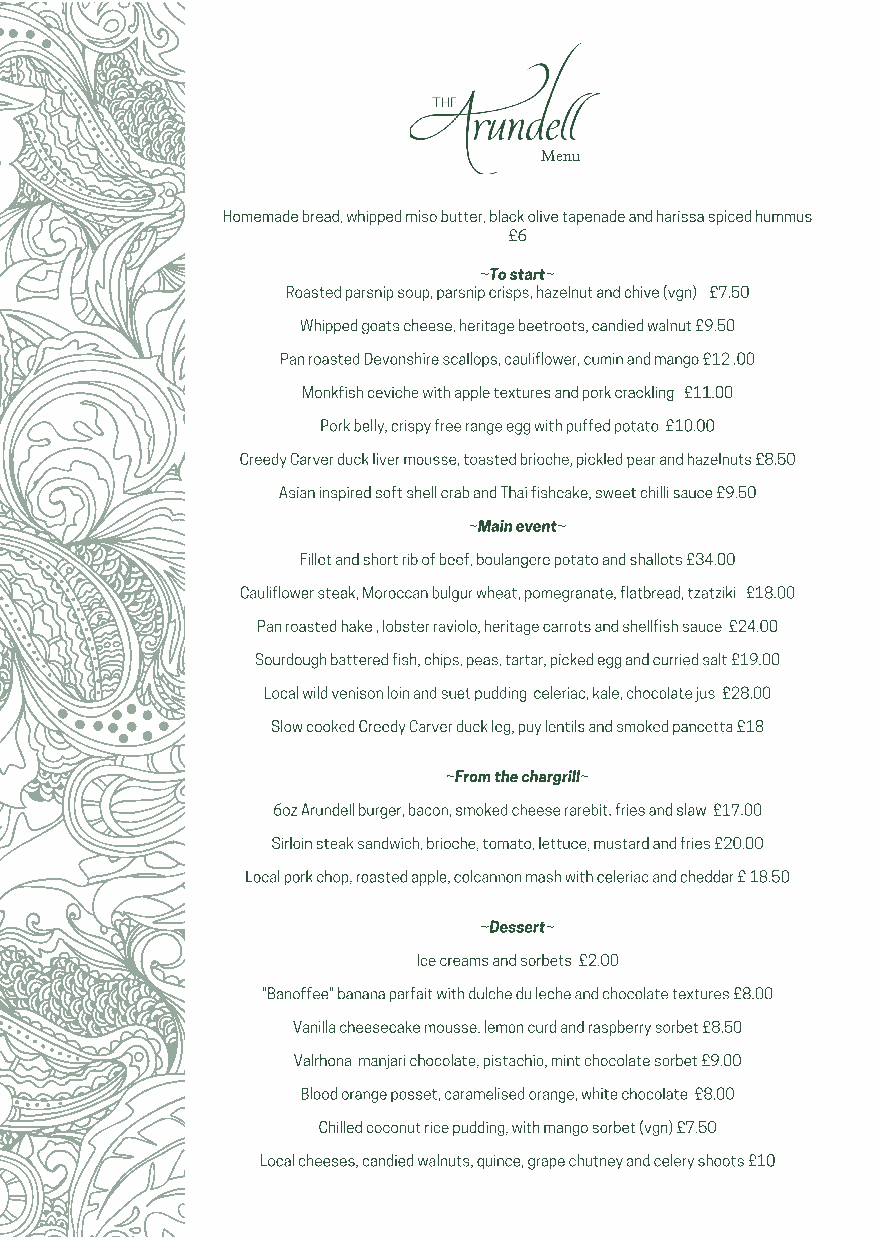
Menu
 Homemade bread, whipped miso butter, black olive tapenade and harissa spiced hummus
 £6
 ~To start~
 Roasted parsnip soup, parsnip crisps, hazelnut and chive (vgn) £7.50
 Whipped goats cheese, heritage beetroots, candied walnut £9.50
 Pan roasted Devonshire scallops, cauliflower, cumin and mango £12 .00
 Monkfish ceviche with apple textures and pork crackling £11.00
 Pork belly, crispy free range egg with puffed potato £10.00
 Creedy Carver duck liver mousse, toasted brioche, pickled pear and hazelnuts £8.50
 Asian inspired soft shell crab and Thai fishcake, sweet chilli sauce £9.50
 ~Main event~
 Fillet and short rib of beef, boulangere potato and shallots £34.00
 Cauliflower steak, Moroccan bulgur wheat, pomegranate, flatbread, tzatziki £18.00
 Pan roasted hake , lobster raviolo, heritage carrots and shellfish sauce £24.00
 Sourdough battered fish, chips, peas, tartar, picked egg and curried salt £19.00
 Local wild venison loin and suet pudding celeriac, kale, chocolate jus £28.00
 Slow cooked Creedy Carver duck leg, puy lentils and smoked pancetta £18
 ~From the chargrill~
 6oz Arundell burger, bacon, smoked cheese rarebit, fries and slaw £17.00
 Sirloin steak sandwich, brioche, tomato, lettuce, mustard and fries £20.00
 Local pork chop, roasted apple, colcannon mash with celeriac and cheddar £ 18.50
 ~Dessert~
 Ice creams and sorbets £2.00
 "Banoffee" banana parfait with dulche du leche and chocolate textures £8.00
 Vanilla cheesecake mousse, lemon curd and raspberry sorbet £8.50
 Valrhona manjari chocolate, pistachio, mint chocolate sorbet £9.00
 Blood orange posset, caramelised orange, white chocolate £8.00
 Chilled coconut rice pudding, with mango sorbet (vgn) £7.50
 Local cheeses, candied walnuts, quince, grape chutney and celery shoots £10